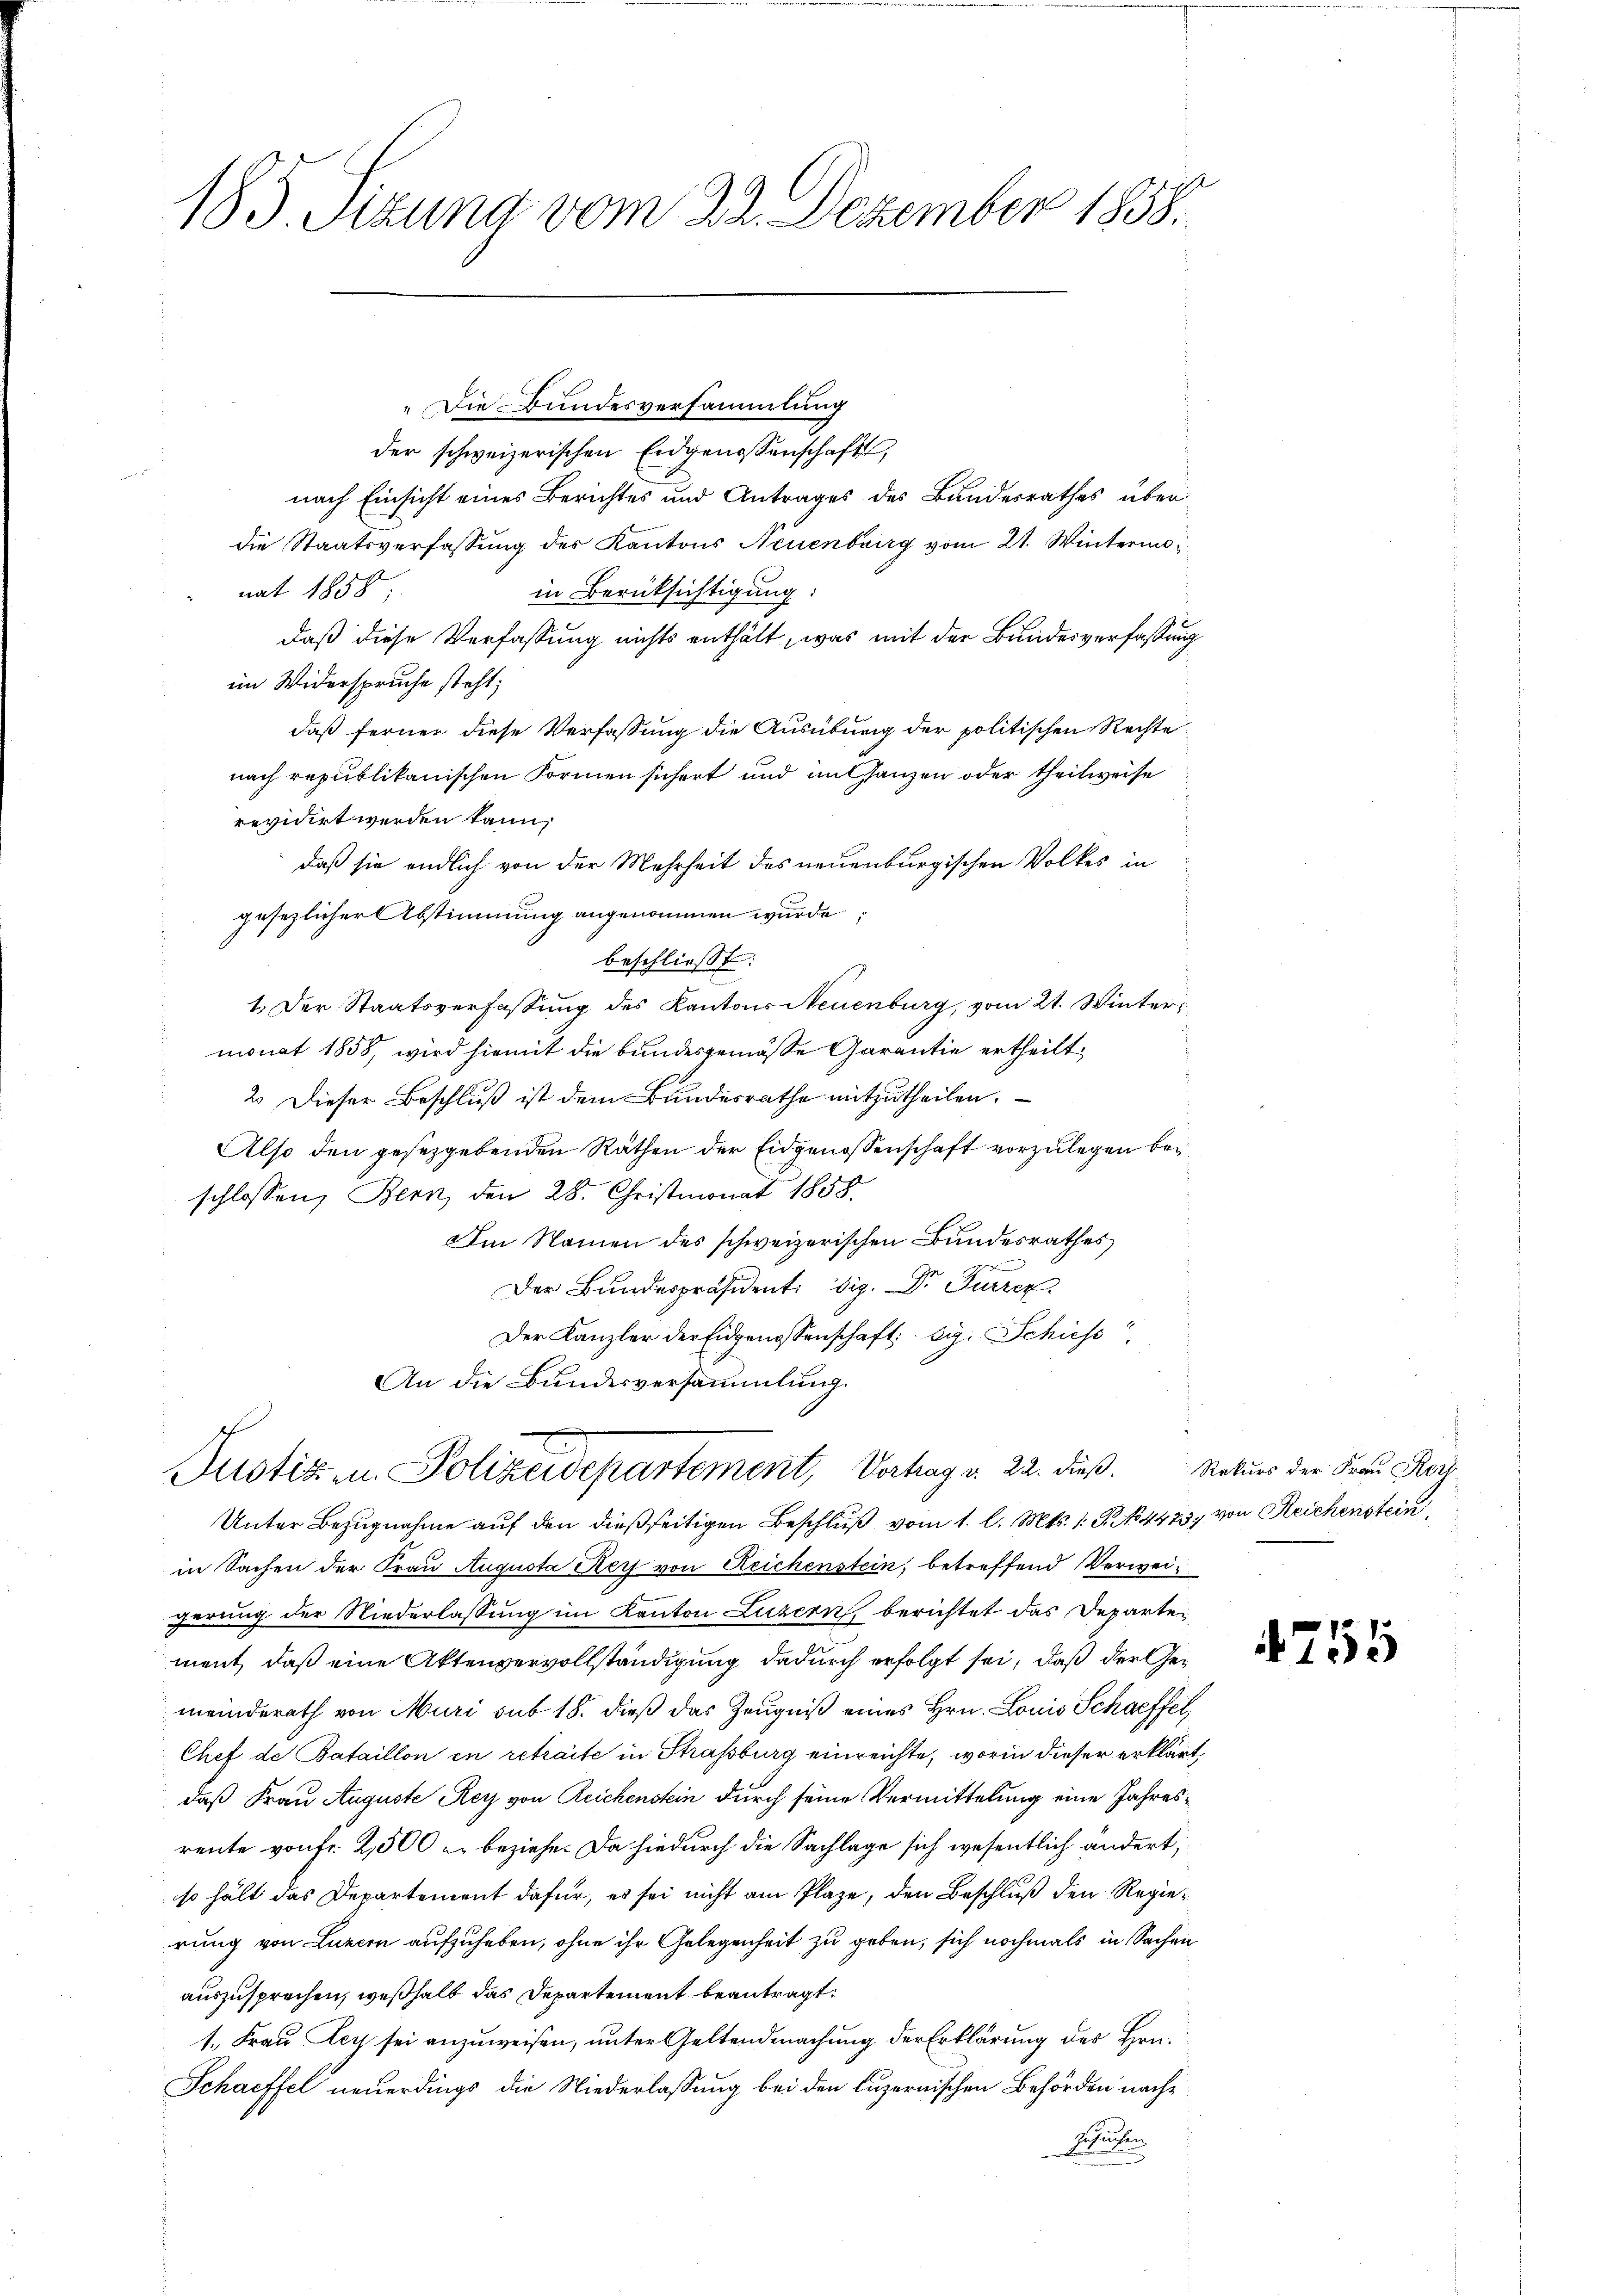
185. Sizung vom 22. Dezember 1858.

„Die Bundesversammlung
der schweizerischen Eidgenossenschaft,

nach Einsicht eines Berichtes und Antrages des Bandesrathes über
die Staatsverfassung des Kantons Neuenburg vom 21. Wintermanat 1850
in Berücksichtigung:
daß diese Verfassung nichts enthält, was mit der Bundesverfassung
im Widerspruche steht;
daß ferner diese Verfassung die Ausübung der politischen Rechte
nach republikanischen Formen sichert und mit ganzen oder theilweise
revidirt werden kann,
daß sie endlich von der Mehrheit des neuenburgischen Volkes in
gesezlicher Abstimmung angenommen wurde;
beschließt:
1. Der Staatsverfassung des Kantons Neuenburg, vom 21. Wintermonat 1858, wird hiemit die bundesgemäße Garantie ertheilt,
2. Dieser Beschluß ist dem Bundesrathe mitzutheilen.
Also den gesetzgebenden Räthen der Eidgenossenschaft vorzulegen bei
schlossen, Bern, den 28. Christmonat 1858
Am Namen des schweizerischen Bundesrathes
Der Bundespräsident: dig. Dr Furren
Der Kanzler der Eidgenossenschaft: big. Schiess
An die Bundesversammlung.
Justiz u. Polizeidepartement, Vertrag v. 22. dieß. Naturs der Frau Rech
Unter Bezugnahme auf den dießseitigen Beschluß vom 1. l. Mts. 1. P. No. 4423, von Reichenstein,
in Sachen der Frau Augusta Reis von Reichenstein, betreffend Verweigerung der Niederlassung im Kanton Luzern, berichtet das Departement, daß eine Aktenvervollständigung dadurch erfolgt sei, daß der Gemeinderath von Muri sub 18. dieß das Zeugniß eines Hrn. Louis Schaeffet,
Chef de Bataillon in retraite in Strassburg einreichte, worin dieser erklärdaß Frau Auguste Rey von Reichenstein durch seine Vermittelung eine Jahresreute von fr. 2500 u. beziehe. Da hiedurch die Sachlage sich wesentlich andert,
so hält das Departement dafür, es sei nicht am Plaze, den Beschluß den Regierung von Luzern aufzuheben, ohne ihr Gelegenheit zu geben, sich nochmals in Sachen
auszusprechen, weshalt das Departement beantragt:
1. Frau Ley sei anzuweisen, unter Geltendmachung der Erklärung des Hrn.
Schaffel neuerdings die Niederlassung bei den Luzernischen Behörden nach
Ersuchen

4255